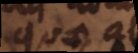
quae in